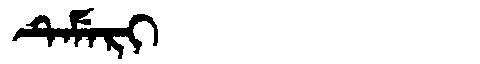
Manchu: ᡨᡝᠮᡝᡵᡳ
Romanization: TEMERI